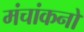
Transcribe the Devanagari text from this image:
मंचांकनों